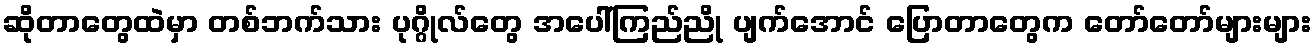
ဆိုတာတွေထဲမှာ တစ်ဘက်သား ပုဂ္ဂိုလ်တွေ အပေါ်ကြည်ညို ပျက်အောင် ပြောတာတွေက တော်တော်များများ